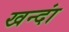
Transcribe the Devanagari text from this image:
खन्दां